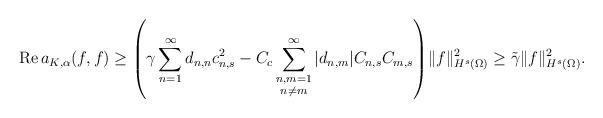
LaTeX: \begin{align*}\operatorname{Re}a_{K,\alpha}(f,f)\geq\left( \gamma\sum_{n=1}^{\infty}d_{n,n}c_{n,s}^{2}-C_{c}\sum_{\substack{n,m=1\\n\neq m}}^{\infty}|d_{n,m}|C_{n,s}C_{m,s}\right) \rVert f\rVert_{H^{s}\left( \Omega\right)}^{2}\geq\tilde{\gamma}\rVert f\rVert_{H^{s}\left( \Omega\right) }^{2}.\end{align*}